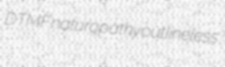
DTMF naturopathy outlineless